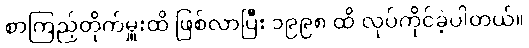
စာကြည့်တိုက်မှူးထိ ဖြစ်လာပြီး ၁၉၉၈ ထိ လုပ်ကိုင်ခဲ့ပါတယ်။